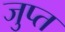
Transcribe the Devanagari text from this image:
जुप्त